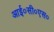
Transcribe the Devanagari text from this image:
आई०सी०एस०